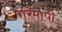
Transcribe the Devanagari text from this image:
परिमापी